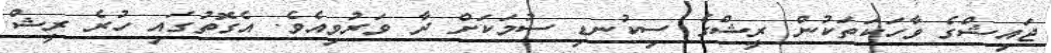
ޖައިޝްގެ ވާހަކަތަކުން ރީޝްގެ ސިކުނޑި ސުމަކަށް ދާ ވަރުވިއެވެ. އެގޮތުގައި ހުރެ ރީޝް